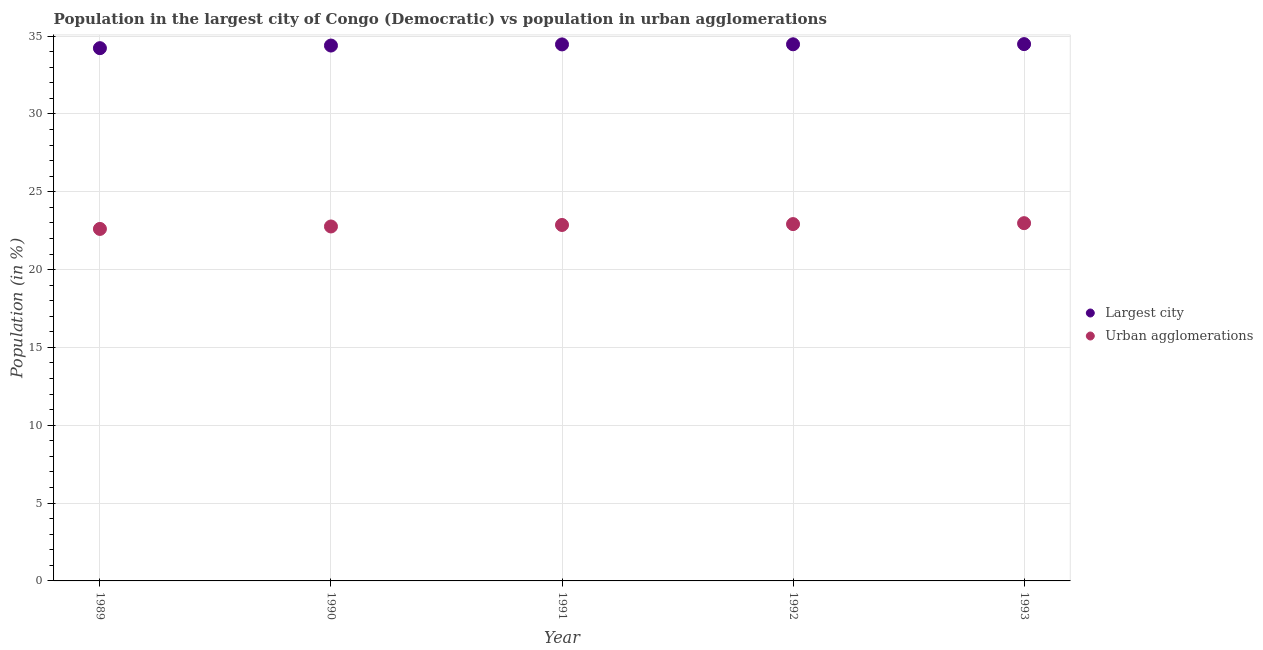
| Year | Largest city | Urban agglomerations |
 | --- | --- | --- |
 | 1989 | 34.2 | 22.6 |
 | 1990 | 34.4 | 22.8 |
 | 1991 | 34.5 | 22.9 |
 | 1992 | 34.5 | 22.9 |
 | 1993 | 34.5 | 23 |